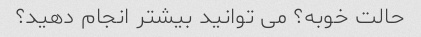
حالت خوبه؟ می توانید بیشتر انجام دهید؟